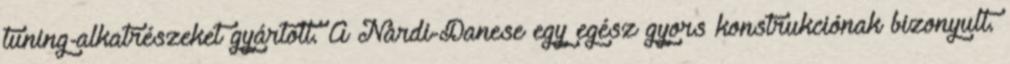
tuning-alkatrészeket gyártott. A Nardi-Danese egy egész gyors konstrukciónak bizonyult.